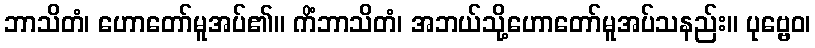
ဘာသိတံ၊ ဟောတော်မူအပ်၏။ ကိံဘာသိတံ၊ အဘယ်သို့ဟောတော်မူအပ်သနည်း။ ပုဗ္ဗေဝ၊